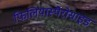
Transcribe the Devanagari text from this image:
फिलियास्पैरोसाइड